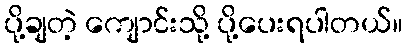
ပို့ချတဲ့ ကျောင်းသို့ ပို့ပေးရပါတယ်။